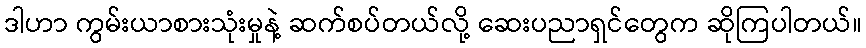
ဒါဟာ ကွမ်းယာစားသုံးမှုနဲ့ ဆက်စပ်တယ်လို့ ဆေးပညာရှင်တွေက ဆိုကြပါတယ်။